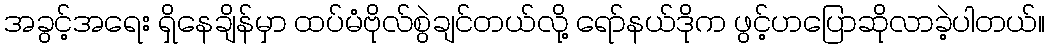
အခွင့်အရေး ရှိနေချိန်မှာ ထပ်မံဗိုလ်စွဲချင်တယ်လို့ ရော်နယ်ဒိုက ဖွင့်ဟပြောဆိုလာခဲ့ပါတယ်။